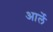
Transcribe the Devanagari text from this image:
आर्ले